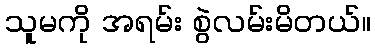
သူမကို အရမ်း စွဲလမ်းမိတယ်။